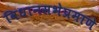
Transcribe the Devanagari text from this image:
विधानसभेप्रमाणे